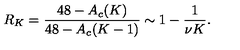
R _ { K } = \frac { 4 8 - A _ { c } ( K ) } { 4 8 - A _ { c } ( K - 1 ) } \sim 1 - \frac { 1 } { \nu K } .